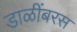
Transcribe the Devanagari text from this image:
डाळींबरस